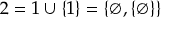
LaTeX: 2 = 1 \cup \{ 1 \} = \{ \varnothing , \{ \varnothing \} \}